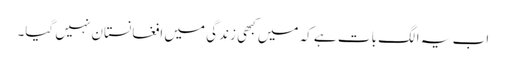
اب یہ الگ بات ہے کہ میں کبھی زندگی میں افغانستان نہیں گیا۔